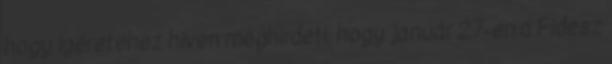
hogy ígéretéhez híven meghirdeti, hogy január 27-én a Fidesz